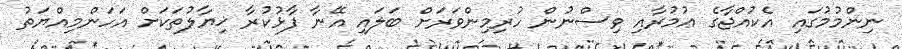
ނިންމުމުގައި އެކުއްޖާގެ ޢުމުރާއި ވިސްނުން ހުރިމިންވަރަށް ބަލައި އޭނާ ފާޅުކުރާ ޚިޔާލުތަކަށް އަހަންމިއްޔަތު